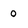
Character: 0